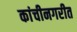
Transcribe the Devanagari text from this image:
कांचीनगरीत